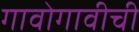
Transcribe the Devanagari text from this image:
गावोगावीची